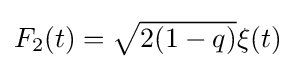
{\textstyle F_{2}(t)={\sqrt {2(1-q)}}\xi (t)}